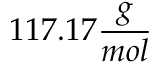
1 1 7 . 1 7 \frac { g } { m o l }